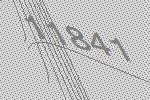
11841